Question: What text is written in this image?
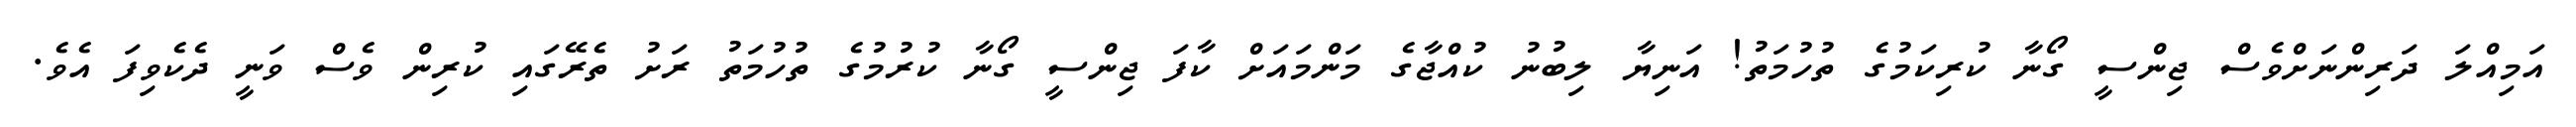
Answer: އަމިއްލަ ދަރިންނަށްވެސް ޖިންސީ ގޯނާ ކުރިކަމުގެ ތުހުމަތު! އަނިޔާ ލިބުނު ކުއްޖާގެ މަންމައަށް ކާފަ ޖިންސީ ގޯނާ ކުރުމުގެ ތުހުމަތު ރަށު ތެރޭގައި ކުރިން ވެސް ވަނީ ދެކެވިފަ އެވެ.